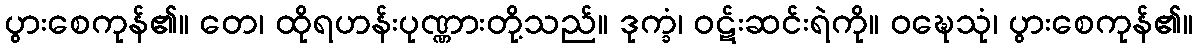
ပွားစေကုန်၏။ တေ၊ ထိုရဟန်းပုဏ္ဏားတို့သည်။ ဒုက္ခံ၊ ဝဋ်းဆင်းရဲကို။ ဝဍ္ဎေသုံ၊ ပွားစေကုန်၏။